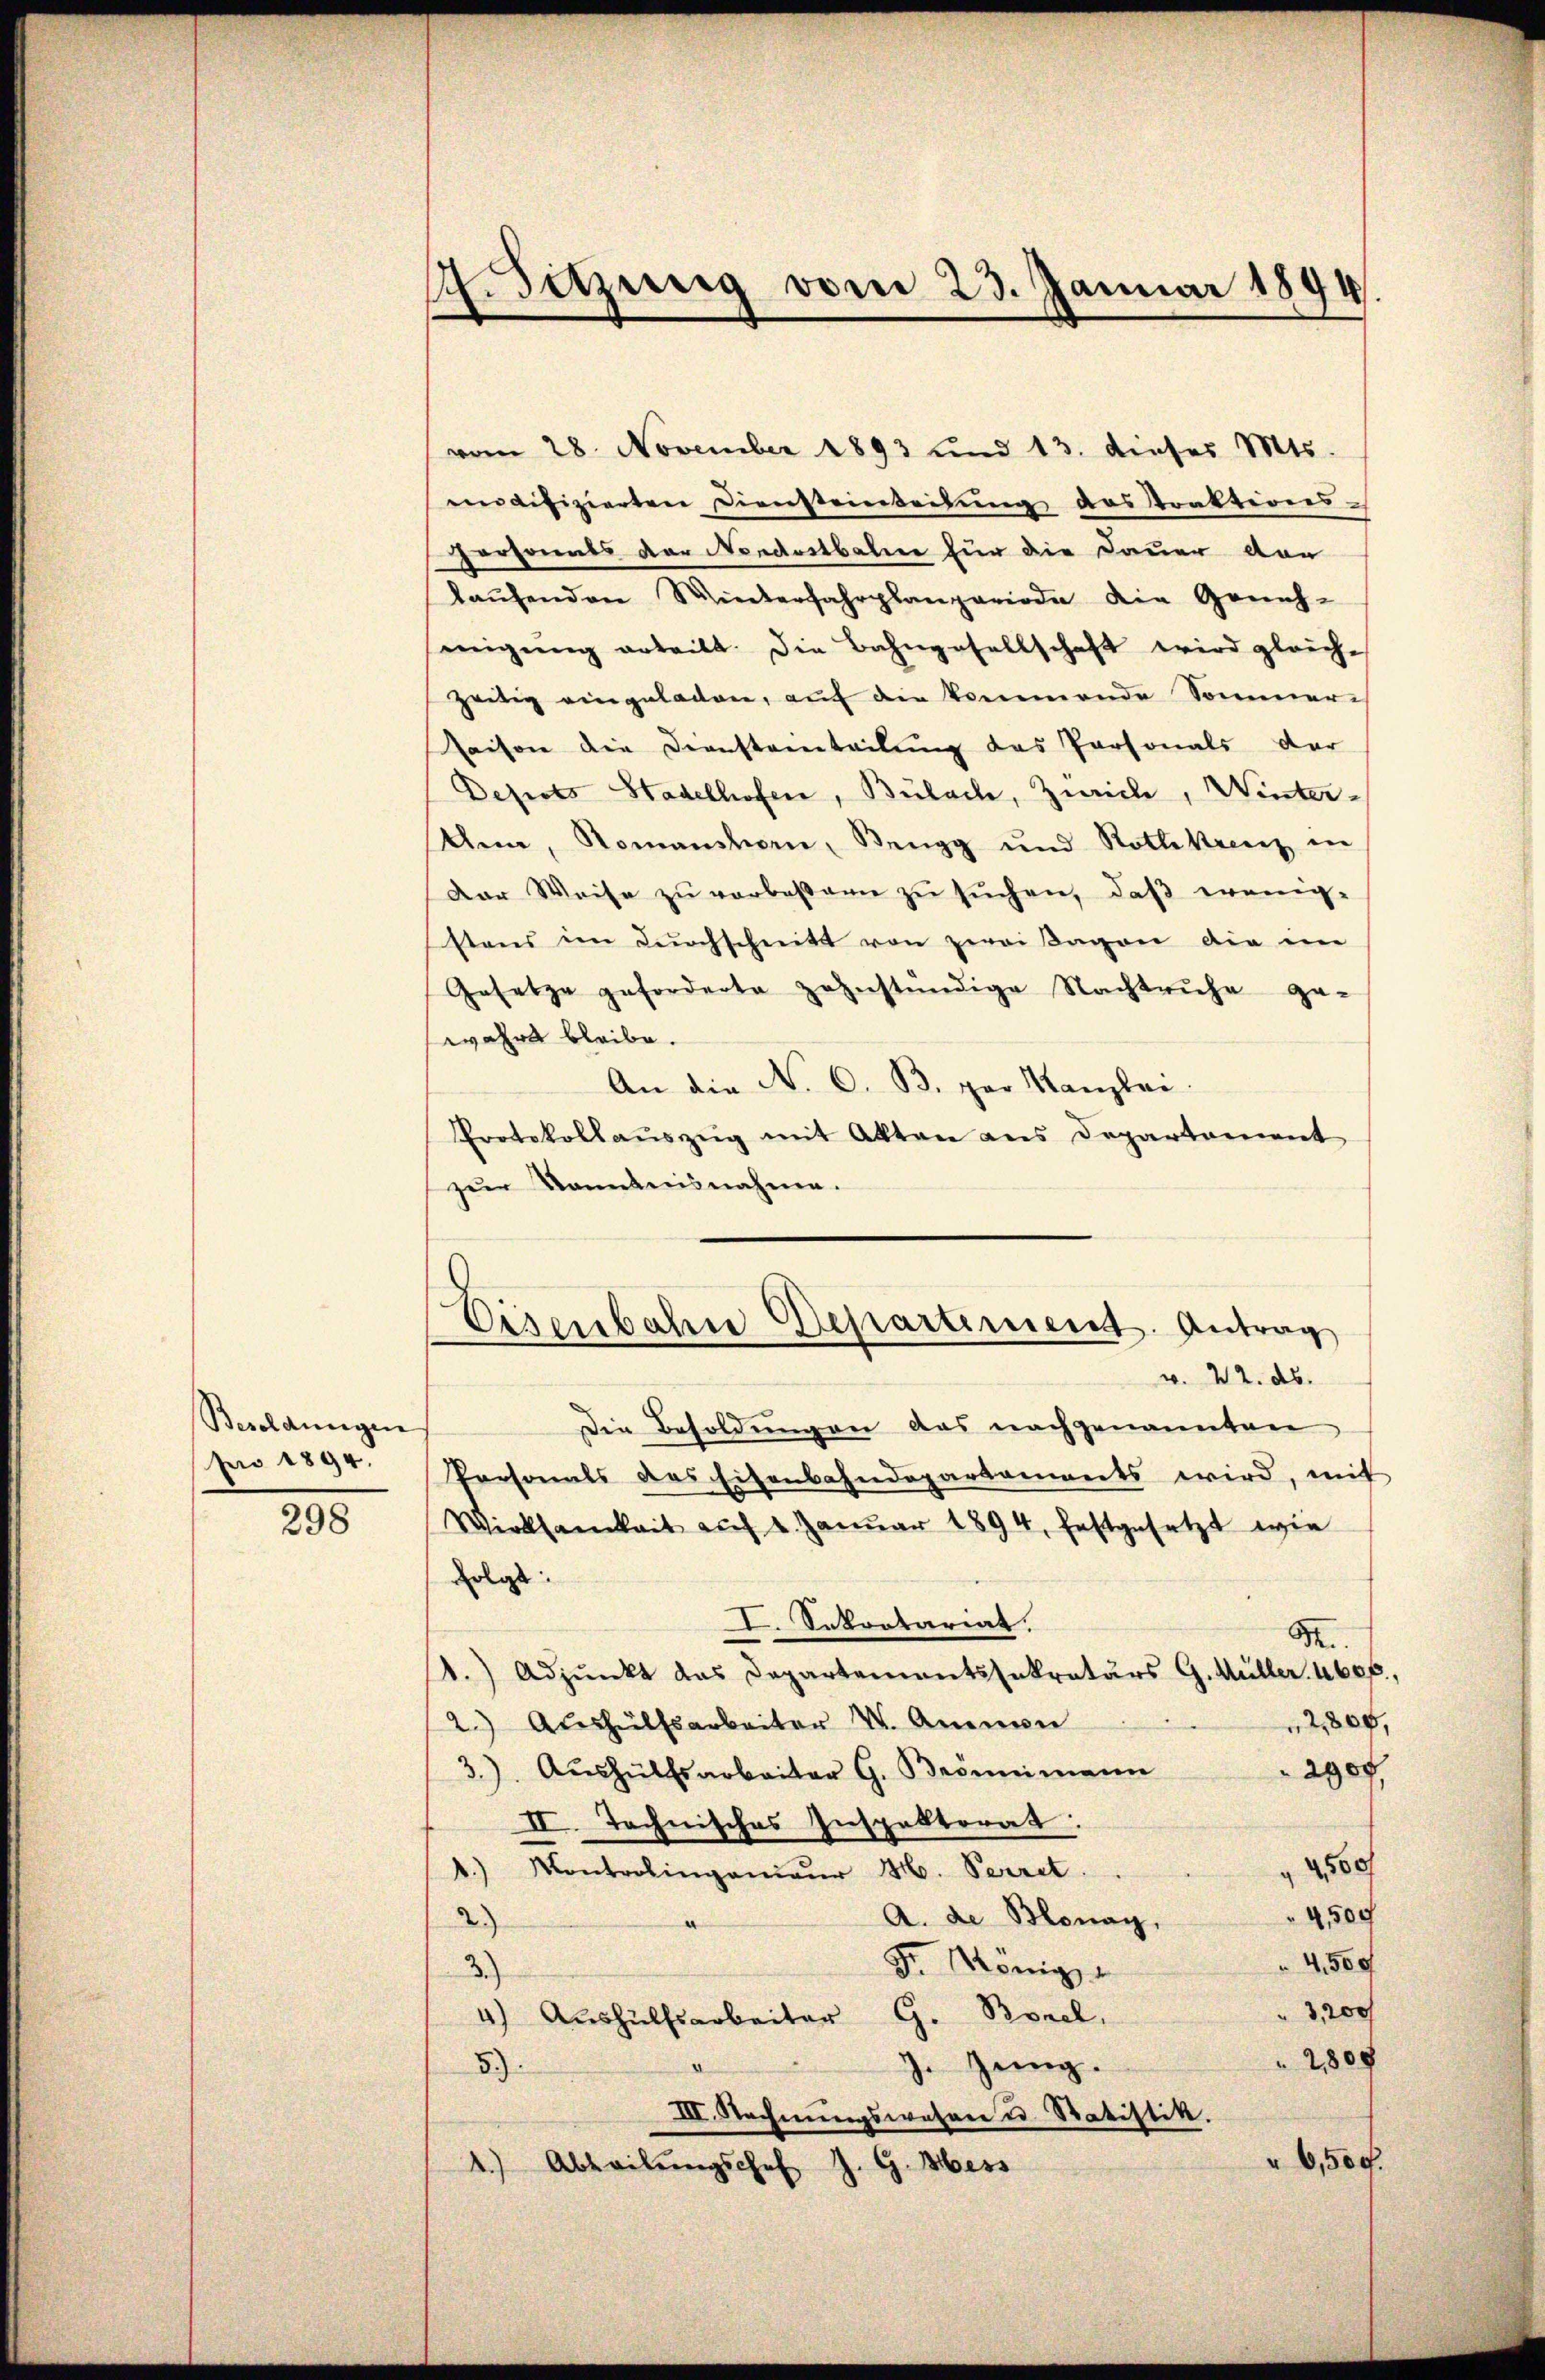
Besoldungen
pro 1894.

298

4. Sitzung vom 23. Januar 1894.

vom 28. November 1893 und 13. dieser Mts.
modifizierten Diensteinteilung des Straktions-
Personals der Nordostbahner für die Dauer vor
laŭfenden Winterfahrplanperiode die Geneh-
migŭng erteilt. Die Bahngesellschaft wird gleich-
zeitig eingeladen, auf die kommende Sommer-
saison die Diensteinteilŭng des Personals der
Depots Stadelhofen, Bülach, Zürich, Winter¬
Ann, Romanshorn, Rengg und Rothkreuz in
Der Weise zŭ verbeßern zŭ sŭchen, daβ wenig-
stens im dŭrchschnitt von zwei Tagen die im
Gesetze geforderte zahnständige Nachtruhe ge-
wahre bleibe.
An die No. 6. B. gar Kanzlei.
Protokollaŭszŭg mit Akten aus Departement
zur Kenntnisnahme.

Eisenbahne Departement. Antrag
v. 22. ds.

Die Besoldŭngen das nachgenannten
Personals das Eisenbahndepartanweits wird, mit
Wirksamkeit auf 2. Januar 1894, festgesetzt wie
folgt:
I. Sekretariat.
52.
1.) Adjunkt das Departementssekretärs G. Müller. 460 f.,
2,800,
2.) Aushülfsarbeiter W. Amman
2900.
3.). Aŭshülfsarbeiter G. Brömimann
II. Technisches Inspektorat:
4500f
1.) Montrolingenieur H. Secret.
4500
2)
A. de Blonay,
Fr. König
4,500
3.)
3,200
4) Aushülfsarbeiter G. Borel,
2808
7. Zeig.
5)
III. Rechnungswesen u. Statistik.
" 6,500.
1.) Abteilŭngschef J. G. Mess